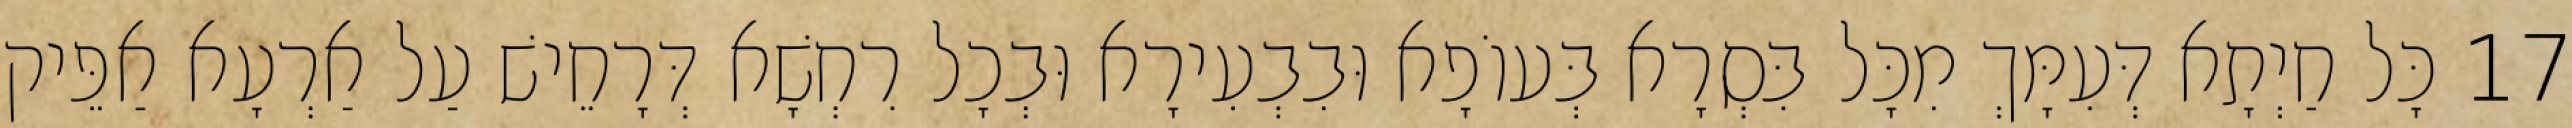
17 כָּל חַיְתָא דְּעִמָּךְ מִכָּל בִּסְרָא בְּעוֹפָא וּבִבְעִירָא וּבְכָל רִחְשָׁא דְּרָחֵישׁ עַל אַרְעָא אַפֵּיק